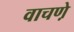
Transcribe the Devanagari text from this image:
वाचणे़